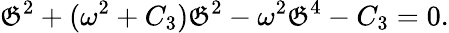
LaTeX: \mathfrak{G}^{2}+(\omega^{2}+C_{3})\mathfrak{G}^{2}-\omega^{2}\mathfrak{G}^{4}-C_{3}=0.